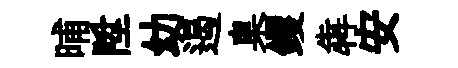
晡陞幼遏臬钁犇安